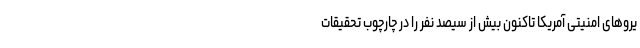
یروهای امنیتی آمریکا تاکنون بیش از سیصد نفر را در چارچوب تحقیقات